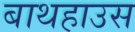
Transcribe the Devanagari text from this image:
बाथहाउस